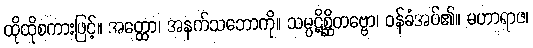
ထိုထိုစကားဖြင့်။ အတ္ထော၊ အနက်သဘောကို။ သမ္ပဋိစ္ဆိတဗ္ဗော၊ ဝန်ခံအပ်၏။ မဟာရာဇ၊